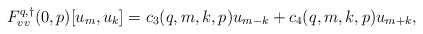
\begin{align*}F^{q,\dagger}_{vv}(0,p)[u_m, u_k] &= c_3(q,m,k,p) u_{m-k} + c_4(q,m,k,p) u_{m+k},\end{align*}